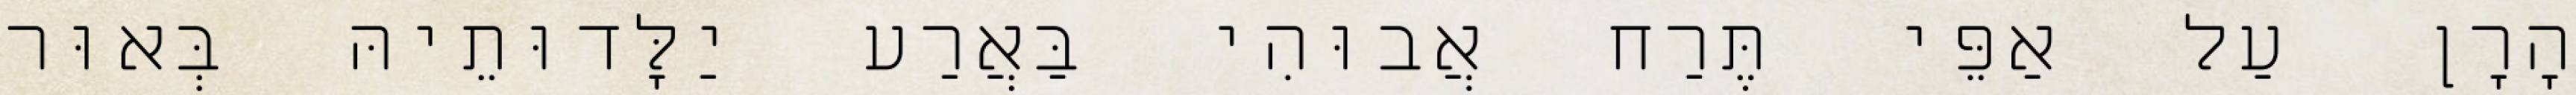
הָרָן עַל אַפֵּי תֶּרַח אֲבוּהִי בַּאֲרַע יַלָּדוּתֵיהּ בְּאוּר